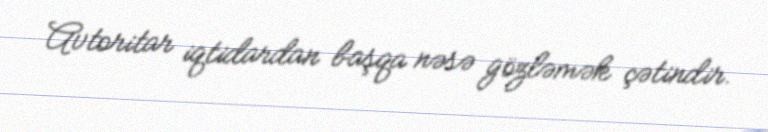
Avtoritar iqtidardan başqa nəsə gözləmək çətindir.